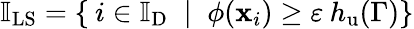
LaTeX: \mathbb{I}_{\mathrm{LS}}=\{ \: i\in\mathbb{I}_{\mathrm{D}}\; \mid\; \phi(\mathbf{x}_{i})\geq\varepsilon\: h_{\mathrm{u}}(\Gamma)\}